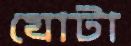
যোটা